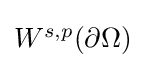
{\textstyle W^{s,p}(\partial \Omega )}